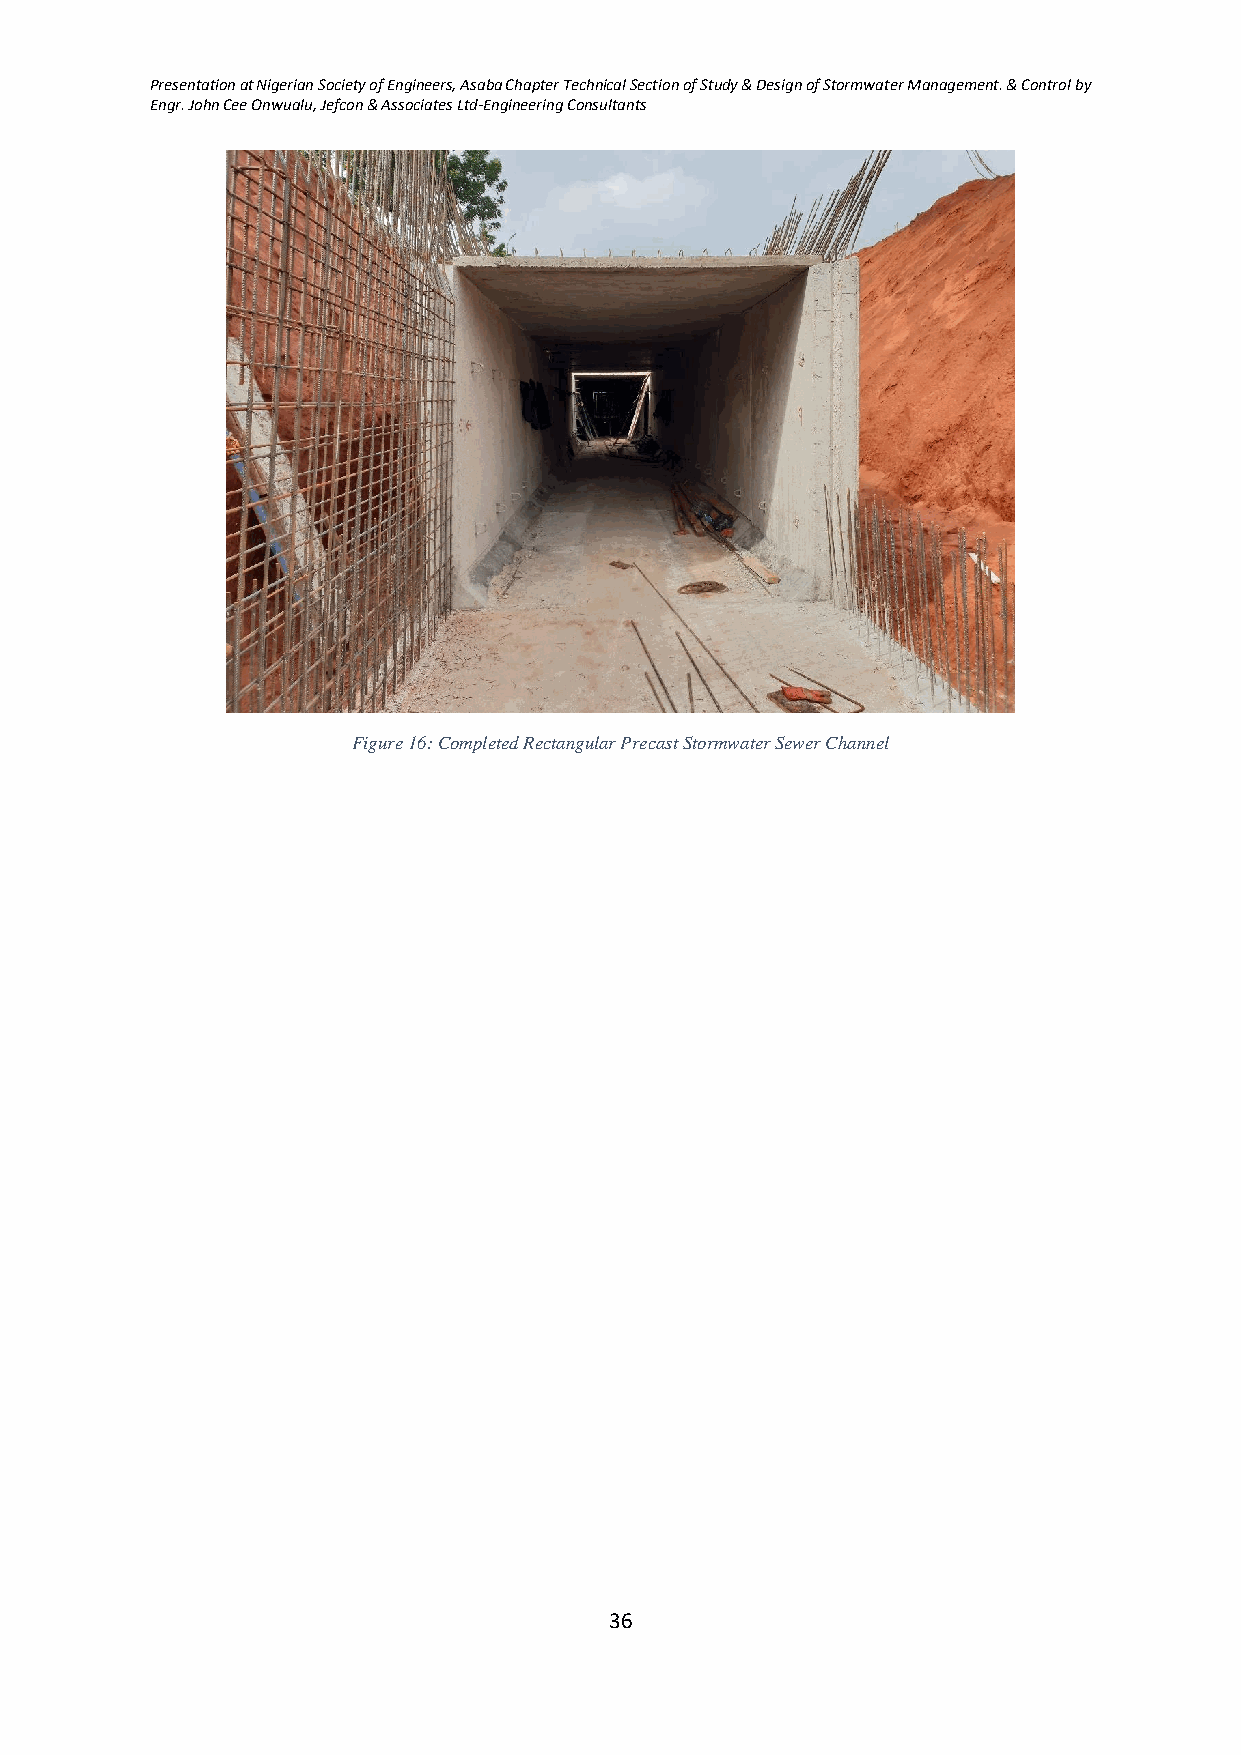
Presentation at Nigerian Society of Engineers, Asaba Chapter Technical Section of Study & Design of Stormwater Management. & Control by
 Engr. John Cee Onwualu, Jefcon & Associates Ltd-Engineering Consultants
 Figure 16: Completed Rectangular Precast Stormwater Sewer Channel
 36